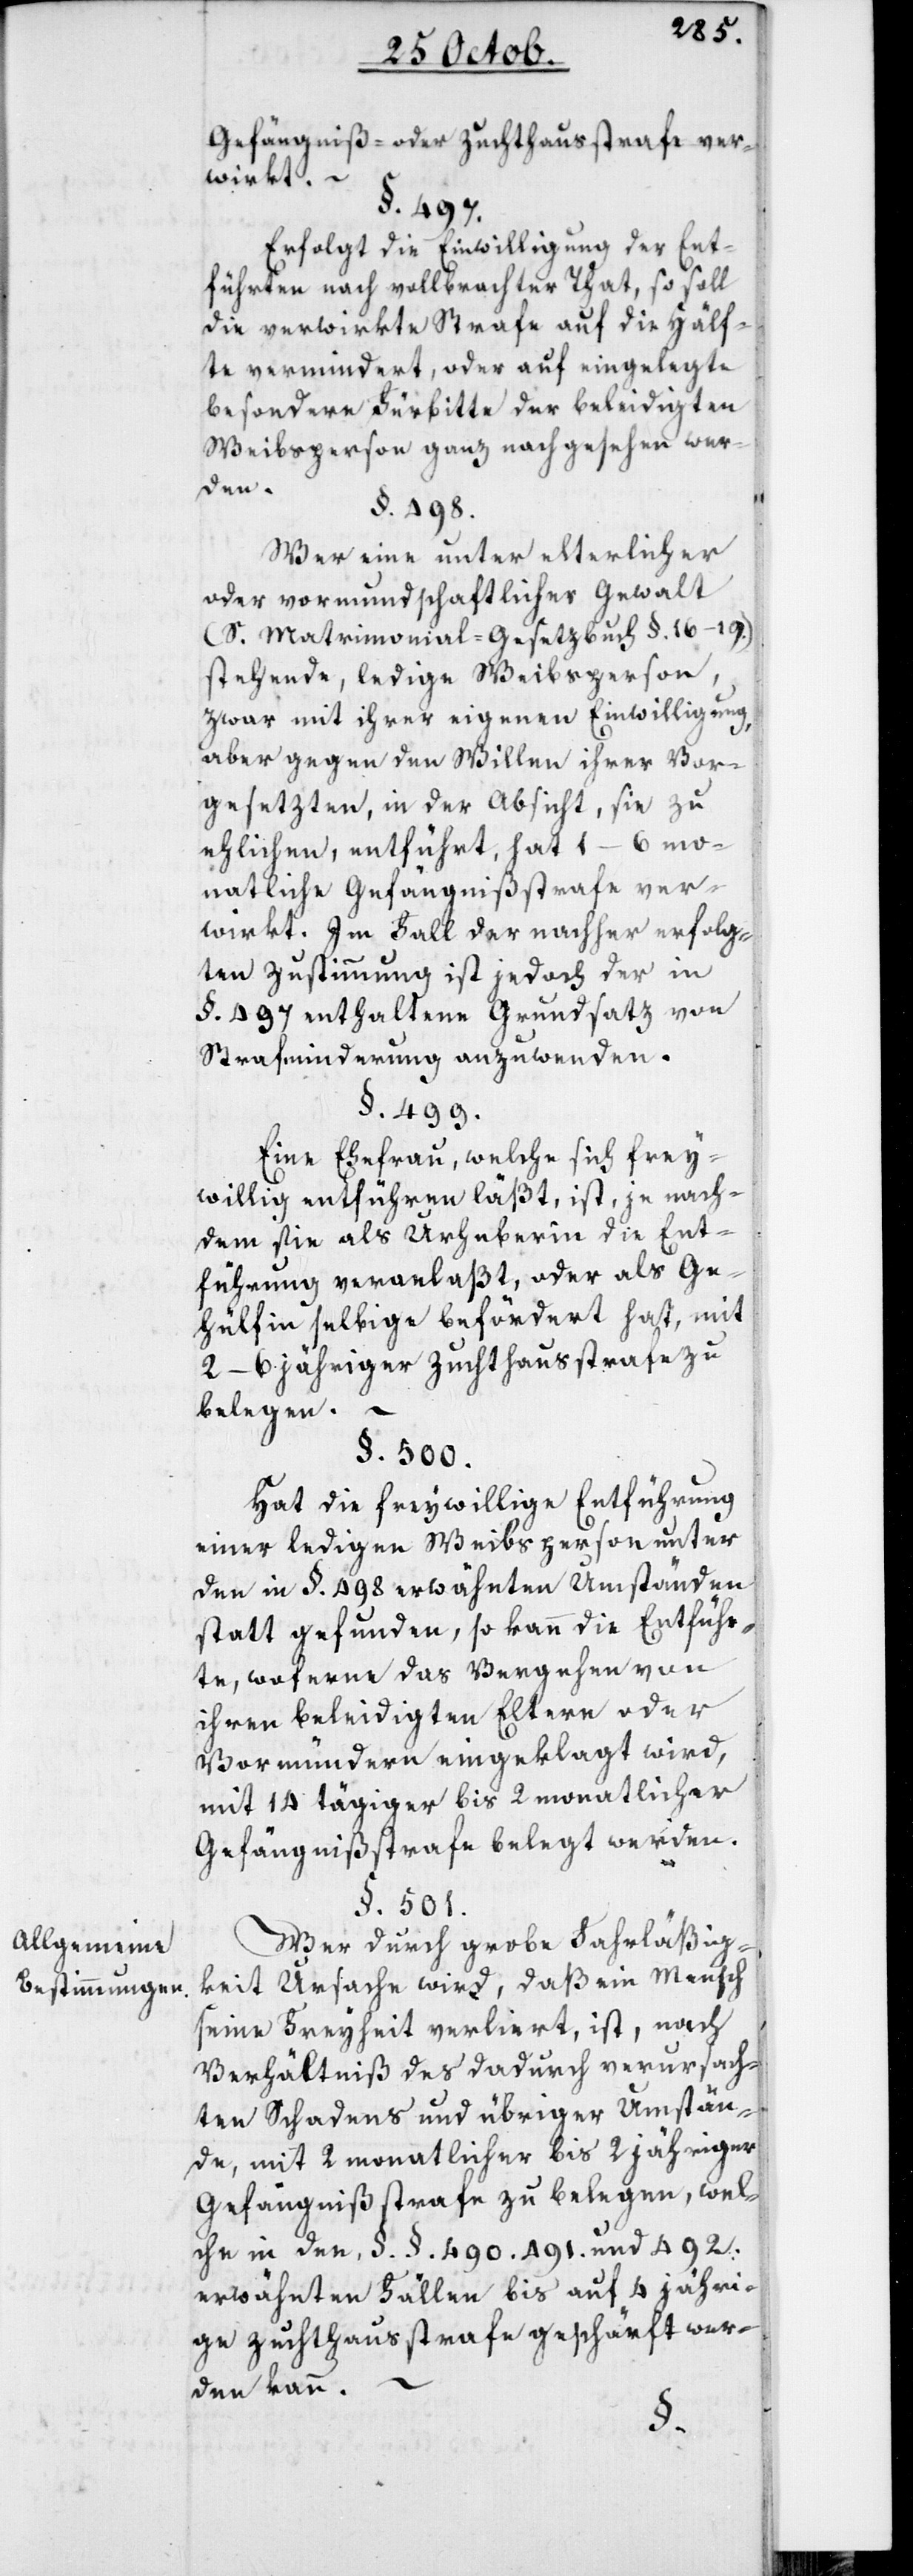
Allgemeine
Bestimmungen.

Gefängniß- oder Zuchthausstrafe ver¬
wirkt.
§. 497.
Erfolgt die Einwilligung der Ent¬
führten nach vollbrachter That, so soll
die verwirkte Strafe auf die Hälf¬
te vermindert, oder auf eingelegte
besondere Fürbitte der beleidigten
Weibsperson ganz nachgesehen wer¬
den.
§. 498.
Wer eine unter elterlicher
oder vormundschaftlicher Gewalt
(S. Matrimonial-Gesetzbuch §. 16–19.)
stehende, ledige Weibsperson,
zwar mit ihrer eigenen Einwilligung,
aber gegen den Willen ihrer Vor¬
gesezten, in der Absicht, sie zu
ehlichen, entführt, hat 1–6 mo¬
natliche Gefängnißstrafe ver¬
wirkt. Im Fall der nachher erfolg¬
ten Zustimmung ist jedoch der in
§. 497 enthaltene Grundsatz von
Strafminderung anzuwenden.
§. 499.
Eine Ehefrau, welche sich frey¬
willig entführen läßt, ist je nach¬
dem sie als Urheberin die Ent¬
führung veranlaßt, oder als Ge¬
hülfin selbige befördert hat, mit
2–6 jähriger Zuchthausstrafe zu
belegen. –
§. 500.
Hat die freywillige Entführung
einer ledigen Weibsperson unter
den in §. 498 erwähnten Umständen
statt gefunden, so kann die Entführ¬
te, woferne das Vergehen von
ihren beleidigten Eltern oder
Vormündern eingeklagt wird,
mit 14 tägiger bis 2 monatlicher
Gefängnißstrafe belegt werden.
§. 501.
Wer durch grobe Fahrläßig¬
keit Ursache wird, daß ein Mensch
seine Freyheit verliert, ist nach
Verhältniß des dadurch verursach¬
ten Schadens und übriger Umstän¬
de, mit 2 monatlicher bis 2 jähriger
Gefängnißstrafe zu belegen, wel¬
che in den, §. §. 490. 491. und 492.
erwähnten Fällen bis auf 4 jähri¬
ge Zuchthausstrafe geschärft wer¬
den kann.